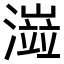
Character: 𤀆